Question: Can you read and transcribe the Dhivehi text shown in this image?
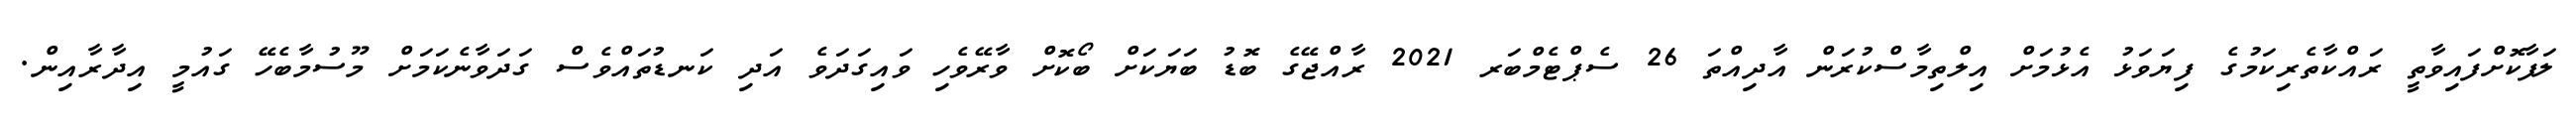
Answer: ލަފާކޮށްފައިވާތީ ރައްކާތެރިކަމުގެ ފިޔަވަޅު އެޅުމަށް އިލްތިމާސްކުރަން އާދިއްތަ 26 ސެޕްޓެމްބަރ 2021 ރާއްޖޭގެ ބޮޑު ބަޔަކަށް ބޯކޮށް ވާރޭވެހި ވައިގަދަވެ އަދި ކަނޑުތައްވެސް ގަދަވާނެކަމަށް މޫސުމާބެހޭ ގައުމީ އިދާރާއިން.